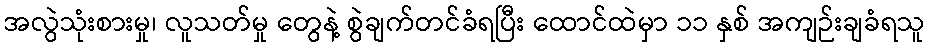
အလွဲသုံးစားမှု၊ လူသတ်မှု တွေနဲ့ စွဲချက်တင်ခံရပြီး ထောင်ထဲမှာ ၁၁ နှစ် အကျဉ်းချခံရသူ